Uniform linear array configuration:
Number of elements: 12
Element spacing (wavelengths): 0.5
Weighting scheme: kaiser
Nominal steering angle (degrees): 0
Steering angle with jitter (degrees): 1.615
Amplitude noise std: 0.05
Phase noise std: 0.05

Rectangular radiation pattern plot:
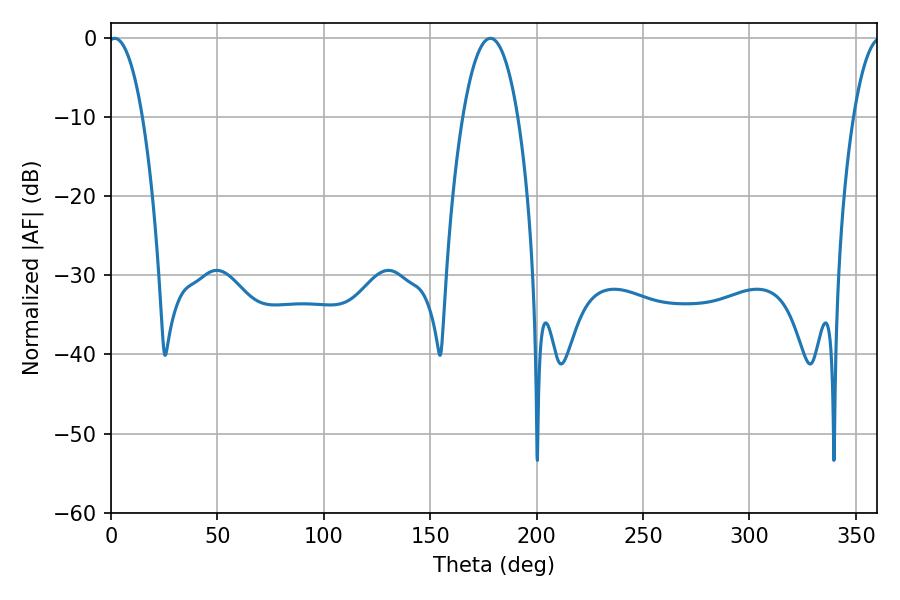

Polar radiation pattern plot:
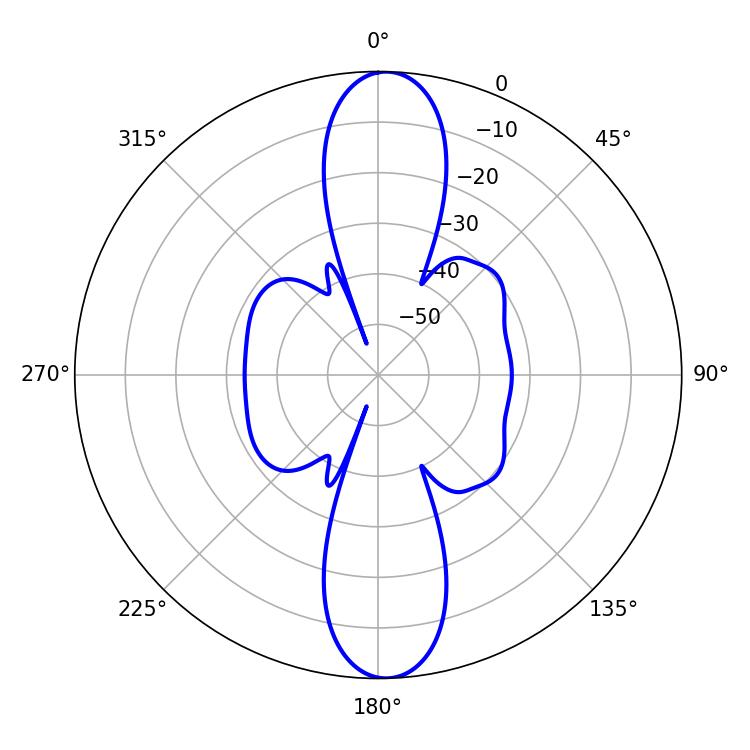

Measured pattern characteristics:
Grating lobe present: FALSE
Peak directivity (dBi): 20.748
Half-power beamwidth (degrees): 9
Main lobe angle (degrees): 1.8